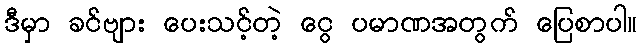
ဒီမှာ ခင်ဗျား ပေးသင့်တဲ့ ငွေ ပမာဏအတွက် ပြေစာပါ။